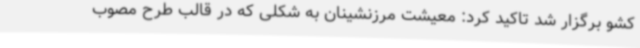
کشو برگزار شد تاکید کرد: معیشت مرزنشینان به شکلی که در قالب طرح مصوب